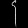
Digit: ၄